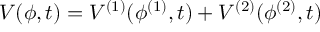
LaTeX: V ( \phi , t ) = V ^ { ( 1 ) } ( \phi ^ { ( 1 ) } , t ) + V ^ { ( 2 ) } ( \phi ^ { ( 2 ) } , t )